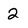
Character: 2